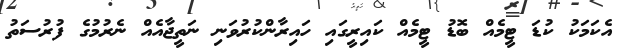
އެކަމަކު ކުޑަ ޓީމެއް ބޮޑު ޓީމެއް ކައިރީގައި ހައިރާންކުރުވަނި ނަތީޖާއެއް ނެރުމުގެ ފުރުސަތު